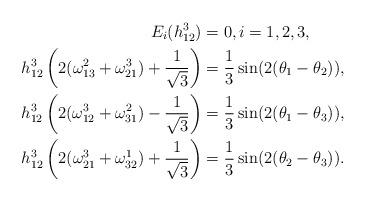
LaTeX: \begin{align*}E_i(h_{12}^3)&=0, i=1,2,3,\\h_{12}^3\left(2(\omega_{13}^2+\omega_{21}^3)+\frac{1}{\sqrt{3}}\right)&=\frac{1}{3}\sin(2(\theta_1-\theta_2)),\\h_{12}^3\left(2(\omega_{12}^3+\omega_{31}^2)-\frac{1}{\sqrt{3}}\right)&=\frac{1}{3}\sin(2(\theta_1-\theta_3)),\\h_{12}^3\left(2(\omega_{21}^3+\omega_{32}^1)+\frac{1}{\sqrt{3}}\right)&=\frac{1}{3}\sin(2(\theta_2-\theta_3)).\end{align*}